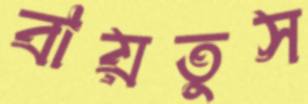
বায়তুস